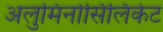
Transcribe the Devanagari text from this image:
अलुमिनोसिलिकेट